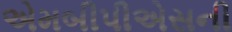
એમબીપીએસની